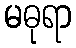
မဓုရာ